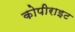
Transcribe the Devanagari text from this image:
कोपीराइट